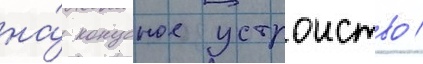
на́ конусное устроиство /